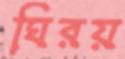
ঘিরয়